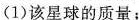
求：(1)该星球的质量；